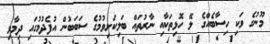
މޫނުގެ ވަކި ހިސާބެއްގެ ލޭ ހޮޅިތަކާއި ނާރުތައް ބަލިކަށިވުމުގެ ސަބަބުން އުފެދުމުގައި ދިމާވި